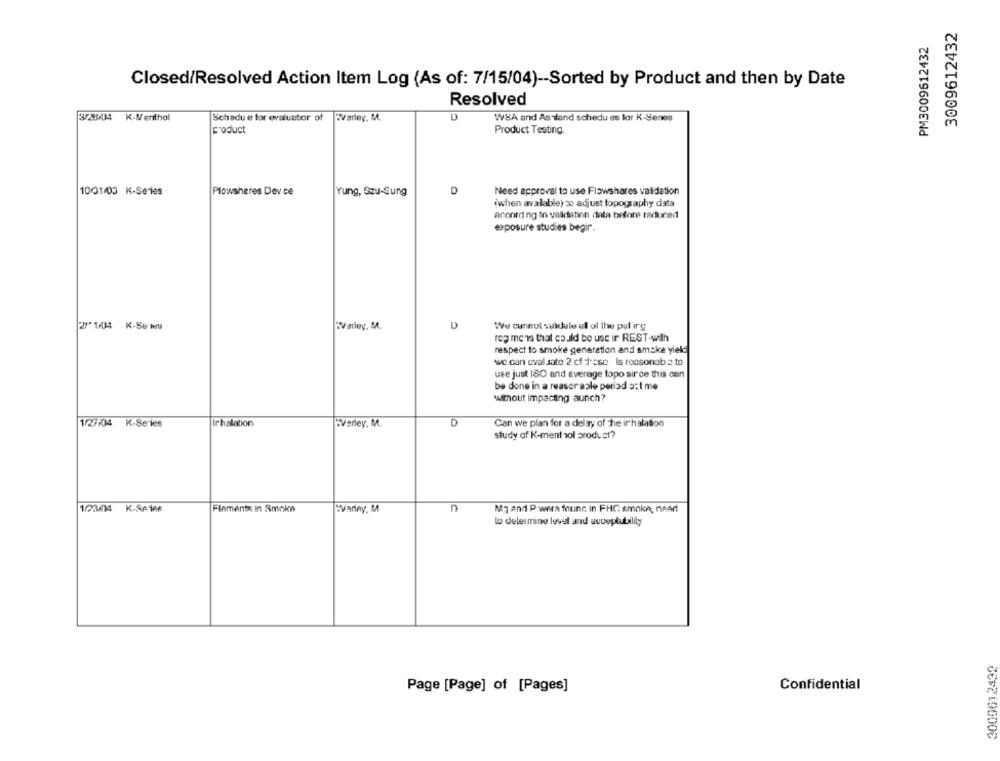
3009612432
PM3009612432
Closed/Resolved Action Item Log (As of: 7/15/04) -- Sorted by Product and then by Date
Resolved
3/28/04 K-Menthol
Schadu e for evaluator of Warley. M.
WSA and Assland schedu es for K-Senes
product
Product Testing.
Plowsheres Dev ce
D
Need approval to use Flawshares validation
10/01/03 K-Series
Yung, Szu-Gung
(when available) 30 adjust topography data
according to validation data before reduced
exposure studies begir".
2/1/04 K-Sews
WVarley, M.
We cunnol saidale al ol the pulirg
rog mens that could be use ir REST-with
respect to smoke generation and smake yield
we can evaluate 2 cf +'sse Is reasonab à to
use just ISO and average topo since this can
be done in a reasor aale period s:t me
without impacting aunch?
1/27/04 K-Series
Irhalation
"Verley. M.
D
Can we plan for a delay of The inhalation
study of K-menthol product?
123/4 K-SATAR
Flements in Smoke
"Varley. M
n
Mg and P wera found in FHC smoke, need
lo delermine level and auceplutilily
3009612432
Confidential
Page [Page] of [Pages]